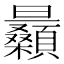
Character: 𣌛